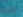
يحدث